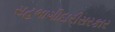
સહભાગીદારીસરકાર